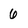
Character: 6